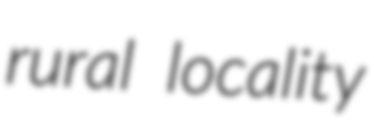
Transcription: rural locality